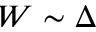
W \sim \Delta